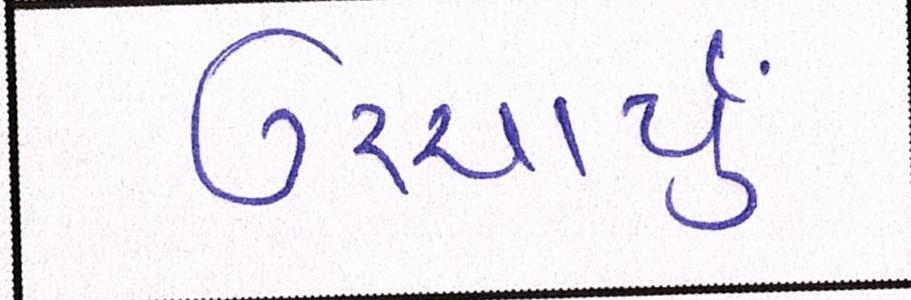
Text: ઉચ્ચાર્યું